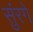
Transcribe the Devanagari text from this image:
सुंरगें